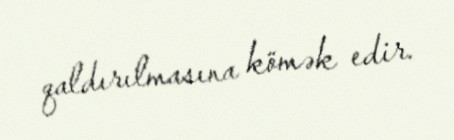
qaldırılmasına kömək edir.